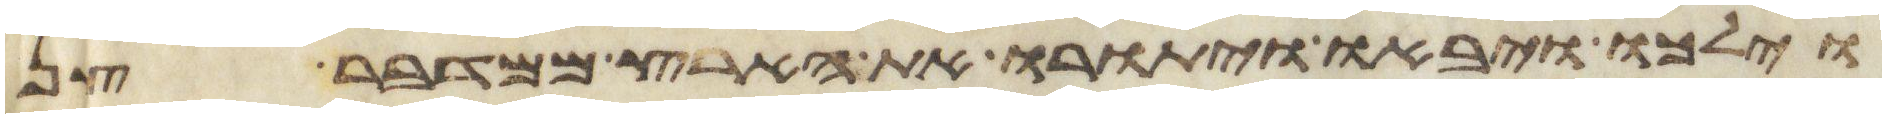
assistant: וילכו ויבאו ויתורו את הארץ ממדבר צן